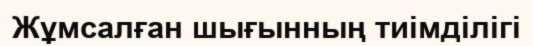
Жұмсалған шығынның тиімділігі